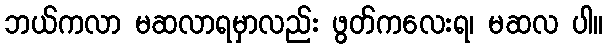
ဘယ်ကလာ မဆလာရမှာလည်း ဖွတ်ကလေးရ၊ မဆလ ပါ။